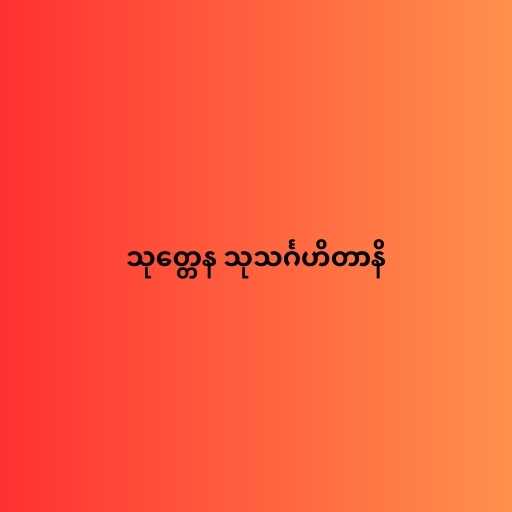
သုတ္တေန သုသင်္ဂဟိတာနိ